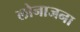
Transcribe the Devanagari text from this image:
लोनाजना